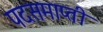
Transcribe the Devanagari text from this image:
पदसमाप्ती